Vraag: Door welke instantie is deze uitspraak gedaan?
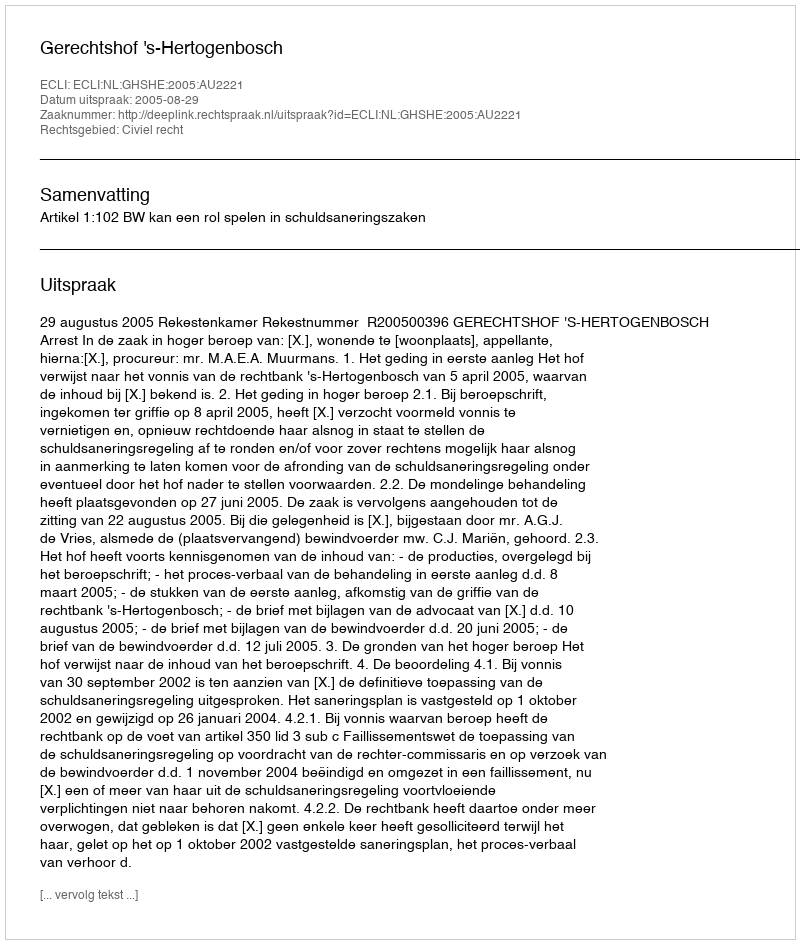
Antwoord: Gerechtshof 's-Hertogenbosch